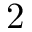
2